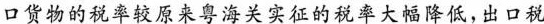
口货物的税率较原来粤海关实征的税率大幅降低，出口税